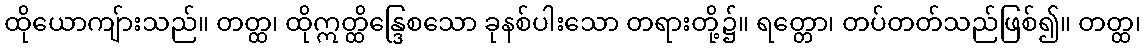
ထိုယောကျ်ားသည်။ တတ္ထ၊ ထိုဣတ္ထိန္ဒြေစသော ခုနစ်ပါးသော တရားတို့၌။ ရတ္တော၊ တပ်တတ်သည်ဖြစ်၍။ တတ္ထ၊